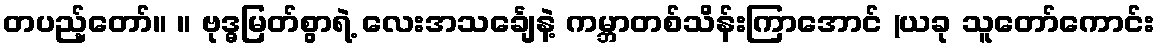
တပည့်တော်။ ။ ဗုဒ္ဓမြတ်စွာရဲ့ လေးအသင်္ချေနဲ့ ကမ္ဘာတစ်သိန်းကြာအောင် (ယခု သူတော်ကောင်း